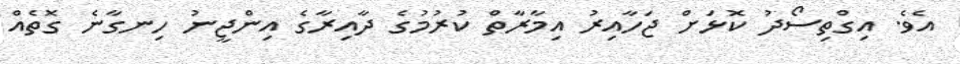
އެވެ. އިގްތިސޯދު ކޮޅަށް ޖަހާއިރު އިމާރާތް ކުރުމުގެ ދާއިރާގެ އިންޖީނު ހިނގާނެ ގޮތެއް